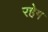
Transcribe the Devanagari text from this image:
रहेग